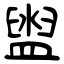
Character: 盥